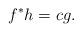
LaTeX: \begin{align*}f^*h=cg.\end{align*}